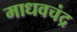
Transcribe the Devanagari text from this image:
माधवचंद्र